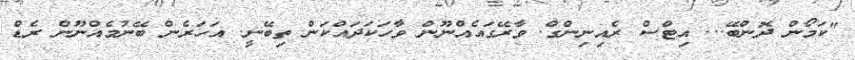
"ކަމޯން ދޮންބޭ... އިޓްސް ރެއިނިންގް. ވާރޭގައެއްނޫން ވާހަކަދައްކަން ތިބޭނީ. އަހަރެން ބޭނުމެއްނޫން ރެޑް